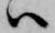
ハ